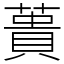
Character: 蕢